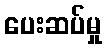
ပေးဆပ်မှု